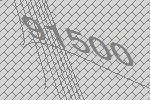
91500